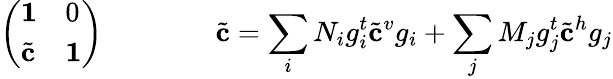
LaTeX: \left(\begin{array}{ll}{{{\mathbf 1}}}&{{0}}\\ {{{\tilde{\mathbf c}}}}&{{{\mathbf 1}}}\end{array}\right)\qquad\qquad{\tilde{\mathbf c}}=\sum_{i}N_{i}g_{i}^{t}{\tilde{\mathbf c}}^{v}g_{i}+\sum_{j}M_{j}g_{j}^{t}{\tilde{\mathbf c}}^{h}g_{j}